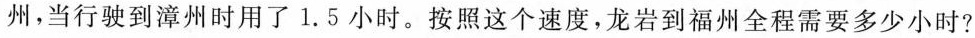
州，当行驶到漳州时用了1.5小时。按照这个速度，龙岩到福州全程需要多少小时?